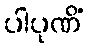
ပါပုဏိံ